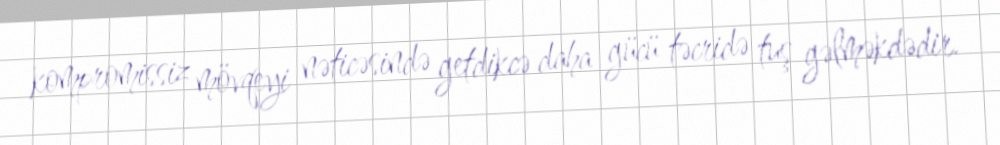
kompromissiz mövqeyi nəticəsində getdikcə daha gücü təcridə tuş gəlməkdədir.